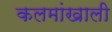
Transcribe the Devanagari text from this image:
कलमांखाली